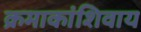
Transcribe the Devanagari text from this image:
क्रमाकांशिवाय